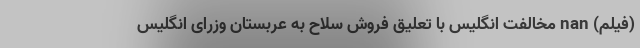
(فیلم) nan مخالفت انگلیس با تعلیق فروش سلاح به عربستان وزرای انگلیس